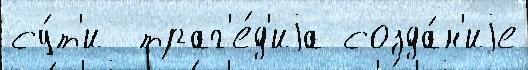
су́т'и  траг'е́д'иjа созда́н'иjе